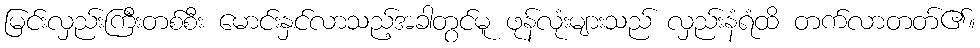
မြင်းလှည်းကြီးတစ်စီး မောင်းနှင်လာသည့်အခါတွင်မူ ဖုန်လုံးများသည် လှည်းနံရံထိ တက်လာတတ်၏။